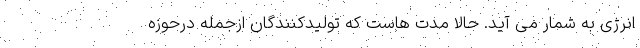
انرژِی به شمار می آید. حالا مدت هاست که تولیدکنندگان ازجمله درحوزه